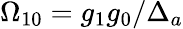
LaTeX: \Omega_{10}=g_{1}g_{0}/\Delta_{a}